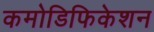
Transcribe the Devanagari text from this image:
कमोडिफिकेशन